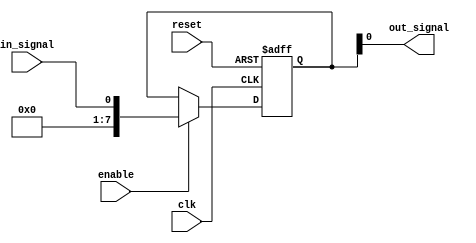
module io_blocks_compensated_bidirectional_buffer(
    input wire clk,
    input wire reset,
    input wire enable,
    input wire in_signal,
    output reg out_signal
);

reg [7:0] buffer;

always @ (posedge clk or posedge reset)
begin
    if (reset)
        buffer <= 8'b00000000;
    else if (enable)
        buffer <= in_signal;
end

assign out_signal = buffer;

endmodule